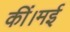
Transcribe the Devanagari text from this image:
कीं।मई